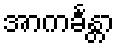
အာကင်္ခန္တာ